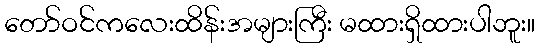
တော်ဝင်ကလေးထိန်းအများကြီး မထားရှိထားပါဘူး။